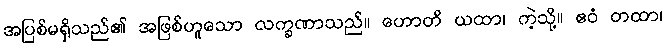
အပြစ်မရှိသည်၏ အဖြစ်ဟူသော လက္ခဏာသည်။ ဟောတိ ယထာ၊ ကဲ့သို့။ ဧဝံ တထာ၊